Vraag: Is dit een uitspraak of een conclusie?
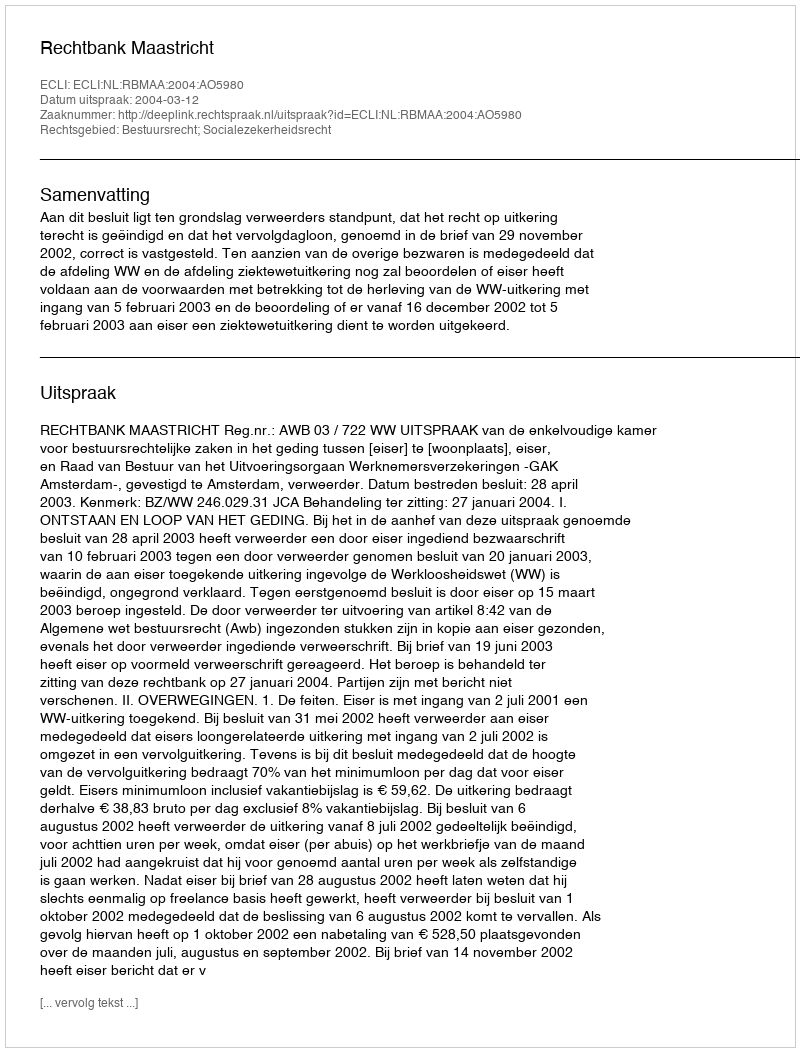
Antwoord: Uitspraak